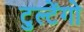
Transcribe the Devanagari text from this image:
टुल्टेंगो